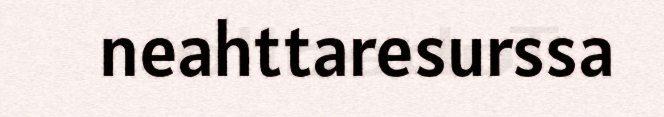
neahttaresurssa